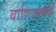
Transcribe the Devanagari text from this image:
वाणिज्यकर्म